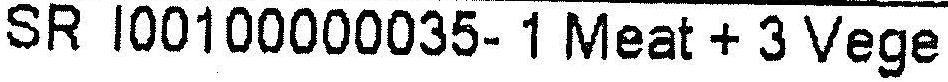
SR I00100000035- 1 MEAT + 3 VEGE